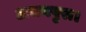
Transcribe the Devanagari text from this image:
अभयपुरा।